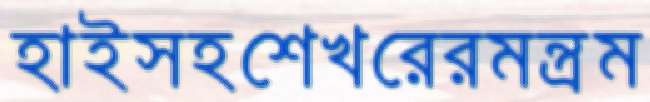
হাইসহশেখরেরমন্ত্রম